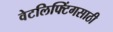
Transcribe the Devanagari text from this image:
वेटलिफ्टिंगसाठी